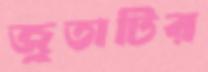
জুতাটির